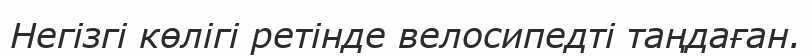
Негізгі көлігі ретінде велосипедті таңдаған.